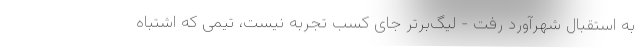
به استقبال شهرآورد رفت - لیگ‌برتر جای کسب تجربه نیست، تیمی که اشتباه